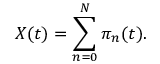
X ( t ) = \sum _ { n = 0 } ^ { N } \pi _ { n } ( t ) .